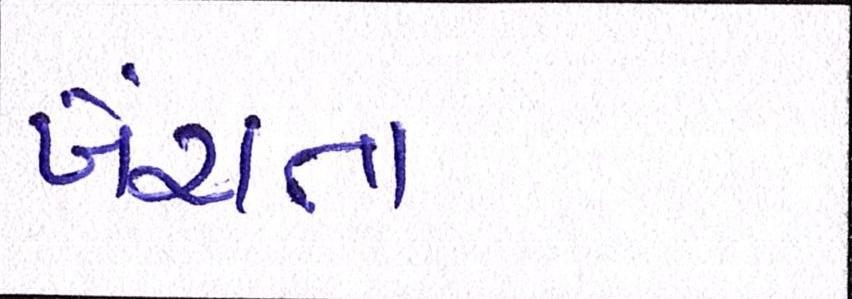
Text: ખેંચતા